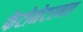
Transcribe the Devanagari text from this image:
फेटोमेटरनल